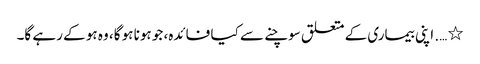
٭ …. اپنی بیماری کے متعلق سوچنے سے کیا فائدہ، جو ہونا ہو گا، وہ ہو کے رہے گا۔